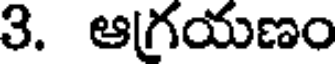
3. ఆగ్రయణం